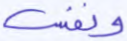
ونفس